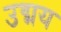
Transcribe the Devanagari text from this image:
उद्मय